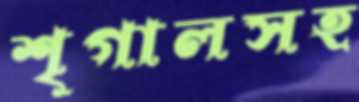
শৃগালসহ